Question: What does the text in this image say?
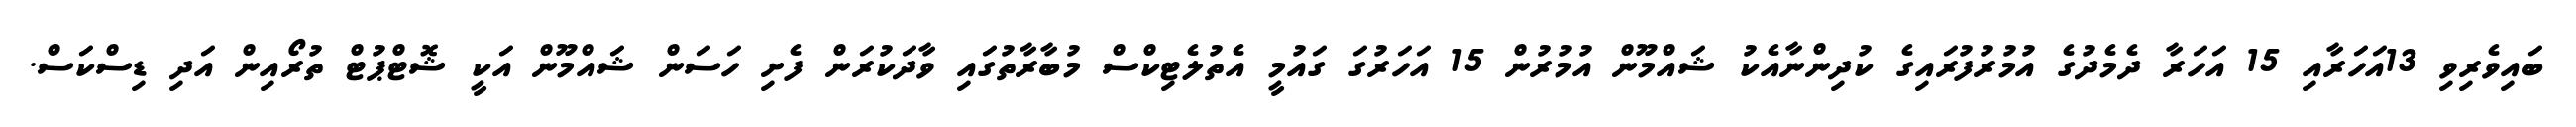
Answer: ބައިވެރިވި 13އަހަރާއި 15 އަހަރާ ދެމެދުގެ އުމުރުފުރައިގެ ކުދިންނާއެކު ޝައްމޫން އުމުރުން 15 އަހަރުގަ ގައުމީ އެތުލެޓިކްސް މުބާރާތުގައި ވާދަކުރަން ފެށި ހަސަން ޝައްމޫން އަކީ ޝޮޓްޕުޓް ތުރޯއިން އަދި ޑިސްކަސް.